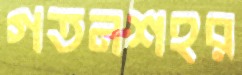
গতনশহর